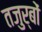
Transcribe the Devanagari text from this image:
तजुर्बों